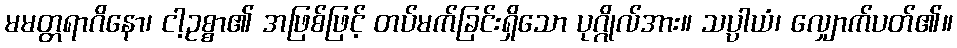
မမတ္တရာဂိနော၊ ငါ့ဥစ္စာ၏ အဖြစ်ဖြင့် တပ်မက်ခြင်းရှိသော ပုဂ္ဂိုလ်အား။ သပ္ပာယံ၊ လျှောက်ပတ်၏။